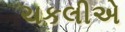
ચકલીએ